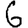
Digit: 6